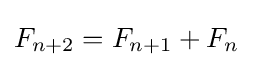
F_{n+2}=F_{n+1}+F_{n}